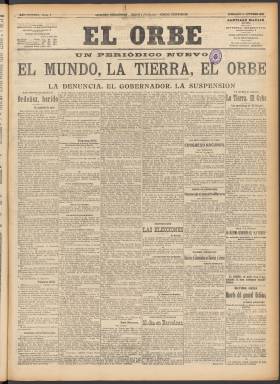
Título: El Orbe (Madrid)
Colección: Periódicos
Ámbito geográfico: Madrid
Lugar de publicación: Madrid
Fechas: 15/10/1911-21/10/1911